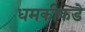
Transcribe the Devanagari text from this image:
धमकीकडे